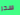
سحر